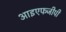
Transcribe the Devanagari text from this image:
आइएफजीपी